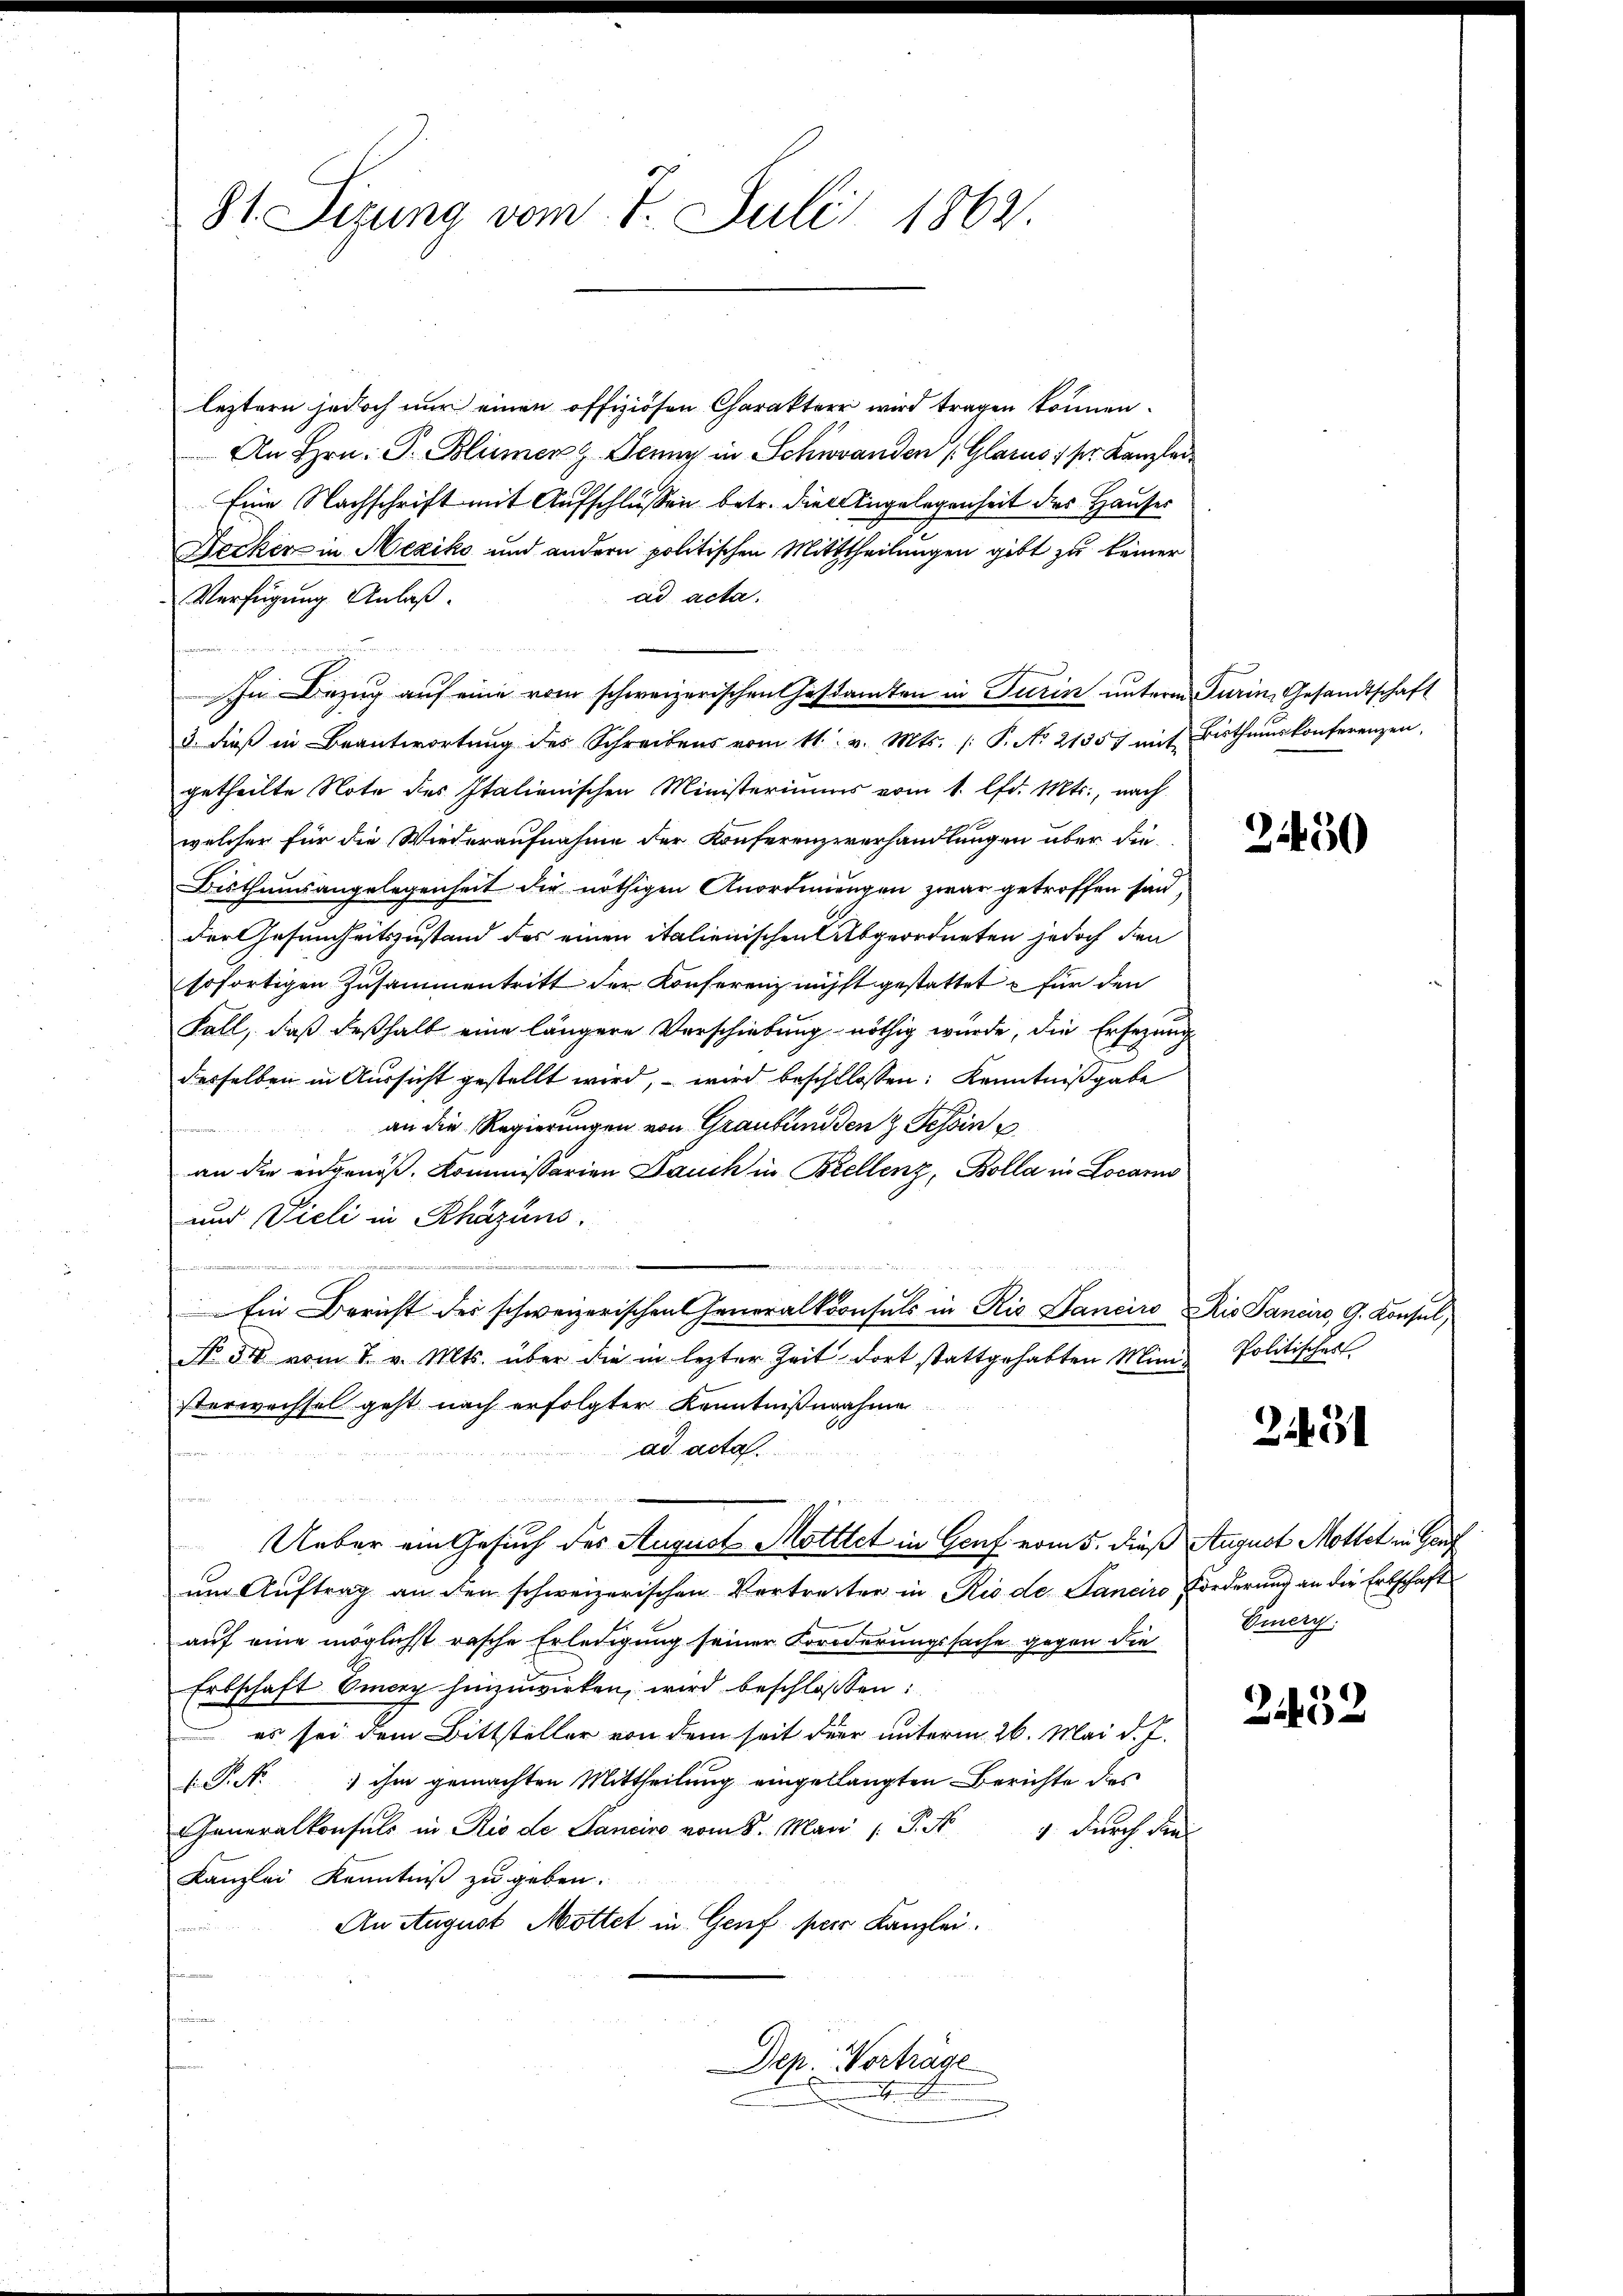
81. Situng vom 8. Juli 1862.

leztern jedoch nur einen offiziösen Charakter wird tragen können.
An Hrn. G. Blumen Jenny in Schwanden (Glarus; sr. Kanzlei
Eine Nachschrift mit Aufschlussen betr. die Angelegenheit des Hauses
Decker in Mexiko und andern politischen Mitttheilungen gibt zu keiner
ad acta.
Verfügung Anlaß.
In Bezug auf eine vom schweizerischen Gestamten in Turin unterm
3. dieß in Beantwortŭng des Schreibens vom 11. v. Mts. (: P. No. 21357 mit
getheilte Note des Italienischen Ministeriums vom 1. lfd. Mts., nach
welcher für die Wiederaufnahme der Konferenzererhandlungen über die
Bisthumsangelegenheit die nöthigen Anordnungen zwar getroffen sind,
der Gesundheitszustand des einen italienischen Abgeordneten jedoch den
sofortigen Zusammentritt der Konferenz nicht gestattet für den
Fall, daß deßhalb eine längere Verschiebung nöthig würde, die Ersezung
desselben in Aussicht gestellt wird, – wird beschllossen: Kenntnißgabe
an die Regierungen von Graubünden z. Tessin
1
an die eidgenös. Kommissarian Bauch in Brellenz, Bolla in Locarno
und Vieli in Rhäzins.
Ein Bericht des schweizerischen Generalkoonsuls in Rio Sanciro Ris Panaro, G. Konsul,
No. 34 vom 7. v. Mts. über die in lezter Zeit dort stattgehabten Ministerwachsel geht nach erfolgter Kenntnißnahme
ad acta
n
g
Ueber ein Gesuch des August Motttet in Genf vom 5. dieß August Mottet in Genf
um Auftrag an den schweizerischen Vertretter in Rio de Sanciro forderung an die Erbschaft
auf eine möglichst rasche Erledigung seiner Forderungssache gegen die
Erbschaft Emerz hinzuwirken, wird beschlossen:
 es sei dem Bittsteller von dem seit der unterm 26. Mai d. J.
 P. Nr. 1 ihm gemachten Mittheilung eingellangten Berichte dies
eneralkonsuls in Rio de Sanciro vom 8. Mai 1 S. N 9 durch die
Kanzlei Kenntniß zu geben.
An August Mottet in Genf per Kanzlei.
n
Dep. Vorträge

Turin, Gesandtschaft
Bisthumskonferenzen,

2450

Politisches

2451

Eier,

2452